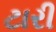
ટારી